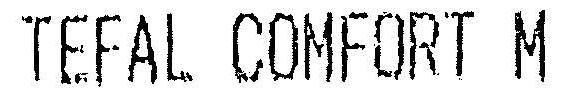
TEFAL COMFORT M